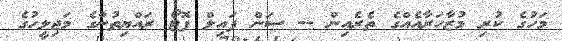
މަހުގެ ކުރި މުޒާހަރާއެއްގެ ތެރެއިން -- ސަން ފައިލް ފޮޓޯ ރައްޔިތުންގެ މަޖިލީހުގެ